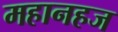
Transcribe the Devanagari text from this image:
महानहज